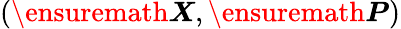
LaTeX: (\ensuremath{\boldsymbol{X}},\ensuremath{\boldsymbol{P}})